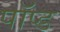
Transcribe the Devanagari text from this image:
पॉप्ड